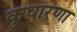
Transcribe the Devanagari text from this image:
कुधारणा